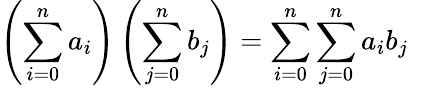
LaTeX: \left(\sum_{i=0}^{n}a_{i}\right)\left(\sum_{j=0}^{n}b_{j}\right)=\sum_{i=0}^{n}\sum_{j=0}^{n}a_{i}b_{j}\quad